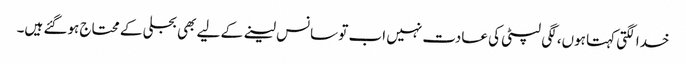
خدا لگتی کہتا ہوں، لگی لپٹی کی عادت نہیں اب تو سانس لینے کے لیے بھی بجلی کے محتاج ہوگئے ہیں‌۔